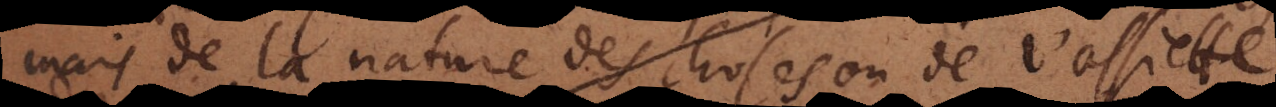
mais de la nature des choses ou de l’assiette